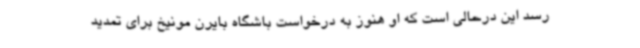
رسد این درحالی است که او هنوز به درخواست باشگاه بایرن مونیخ برای تمدید